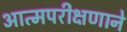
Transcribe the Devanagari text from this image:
आत्मपरीक्षणाने